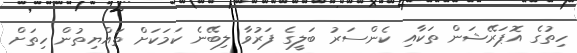
ހިތުގެ އޮޕަރޭޝަން ތަކާއި ކެންސަރު ބަލީގެ ފަރުވާ ލިބޭނެ ކަމަކަށް ތައްޔިތުން ހިތަށް